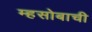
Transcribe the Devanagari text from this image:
म्हसोबाची